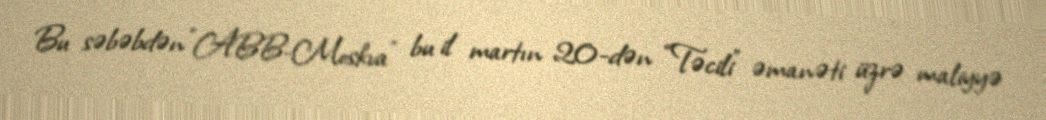
Bu səbəbdən “ABB-Moskva” bu il martın 20-dən “Təcili” əmanəti üzrə maliyyə